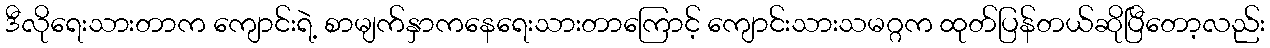
ဒီလိုရေးသားတာက ကျောင်းရဲ့ စာမျက်နှာကနေရေးသားတာကြောင့် ကျောင်းသားသမဂ္ဂက ထုတ်ပြန်တယ်ဆိုပြီတော့လည်း